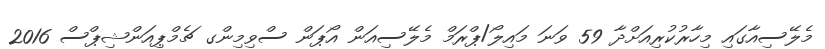
މެލޭސިއާގައި މިހާރުކުރިއަށްދާ 59 ވަނަ މައިލޯ/ޕްރަމް މެލޭސިއަން އޯޕަން ސްވިމިންގ ޗެމްޕިއަންޝިޕްސް 2016